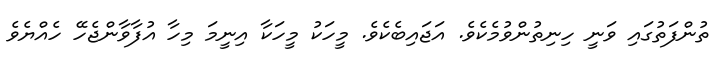
ތުންފަތުގައި ވަނީ ހިނިތުންވުމެކެވެ. އަޖައިބެކެވެ. މީހަކު މީހަކާ އިނީމަ މިހާ އުފާވާންޖެހޭ ހެއްޔެވެ